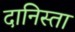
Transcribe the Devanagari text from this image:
दानिस्ता